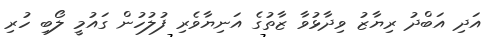
އަދި އަބްދު ރިޔާޒު ވިދާޅުވާ ޒާތުގެ އަނިޔާވެރި ފުލުހުން ގައުމީ ލޯބި ހުރި